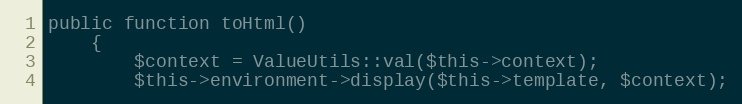
Language: PHP
public function toHtml()
    {
        $context = ValueUtils::val($this->context);
        $this->environment->display($this->template, $context);